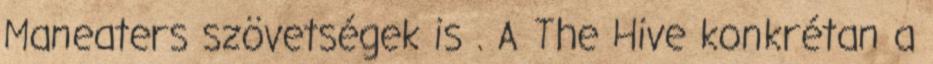
Maneaters szövetségek is . A The Hive konkrétan a